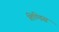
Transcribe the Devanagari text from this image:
तिण्डिस